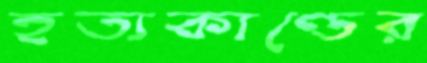
হত্যকাণ্ডের